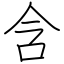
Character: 含